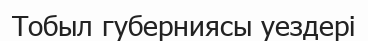
Тобыл губерниясы уездері